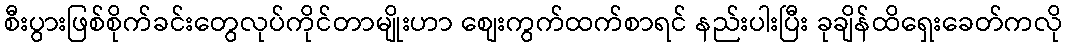
စီးပွားဖြစ်စိုက်ခင်းတွေလုပ်ကိုင်တာမျိုးဟာ စျေးကွက်ထက်စာရင် နည်းပါးပြီး ခုချိန်ထိရှေးခေတ်ကလို